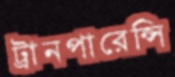
ট্রানপারেন্সি